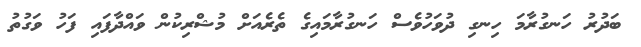
ބަދުރު ހަނގުރާމަ ހިނގި ދުވަހުވެސް ހަނގުރާމައިގެ ތެރެއަށް މުޝްރިކުން ވައްދާފައި ފަހު ވަގުތު